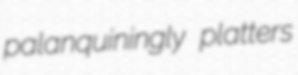
palanquiningly platters